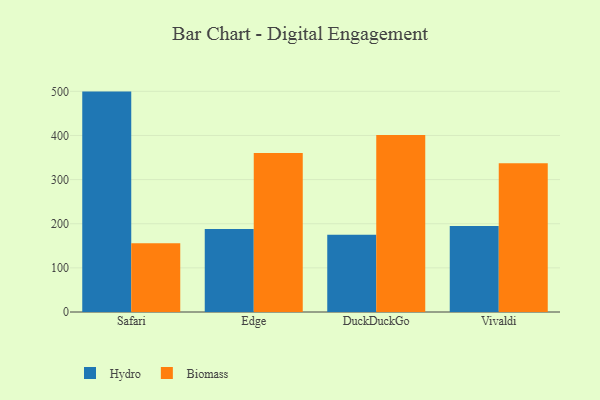
{"axis": {"x": "Browser", "y": "Conversion Rate (%)"}, "legend": ["Biomass", "Hydro"], "data": [{"x": "Safari", "y": 499.4, "type": "Hydro"}, {"x": "Safari", "y": 155.5, "type": "Biomass"}, {"x": "Edge", "y": 188.0, "type": "Hydro"}, {"x": "Edge", "y": 360.0, "type": "Biomass"}, {"x": "DuckDuckGo", "y": 174.8, "type": "Hydro"}, {"x": "DuckDuckGo", "y": 401.1, "type": "Biomass"}, {"x": "Vivaldi", "y": 194.6, "type": "Hydro"}, {"x": "Vivaldi", "y": 336.8, "type": "Biomass"}]}